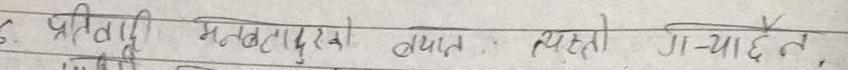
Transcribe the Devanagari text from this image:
८. प्रतियुँ मलदुःखो त्यात त्येहो गियाछैन,